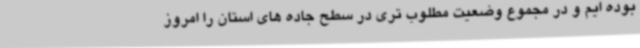
بوده ایم و در مجموع وضعیت مطلوب تری در سطح جاده های استان را امروز